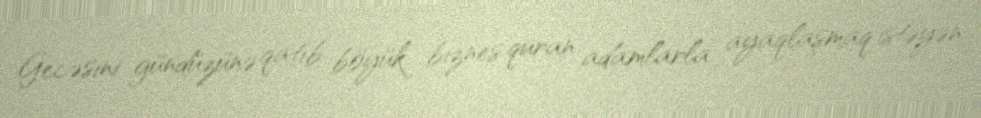
Gecəsini gündüzünə qatıb böyük biznes quran adamlarla ayaqlaşmaq istəyən